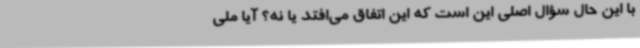
با این‌ حال سؤال اصلی این است که این اتفاق می‌افتد یا نه؟ آیا ملی